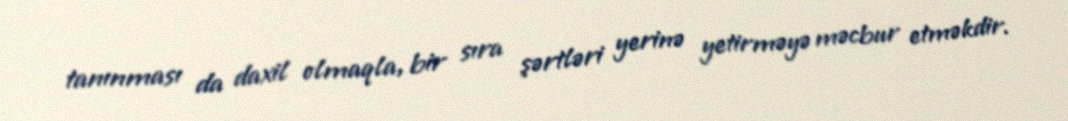
tanınması da daxil olmaqla, bir sıra şərtləri yerinə yetirməyə məcbur etməkdir.